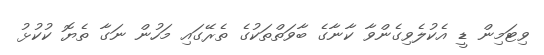
ވިޓަމިން ޑީ އެކުލެވިގެންވާ ކާނާގެ ބާވަތްތަކުގެ ތެރޭގައި މަހުން ނަގާ ތެޔޮ ކުކުޅު